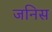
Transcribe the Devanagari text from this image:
जनिस